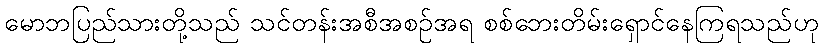
မောဘပြည်သားတို့သည် သင်တန်းအစီအစဉ်အရ စစ်ဘေးတိမ်းရှောင်နေကြရသည်ဟု